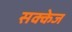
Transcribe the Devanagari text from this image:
सक्केज